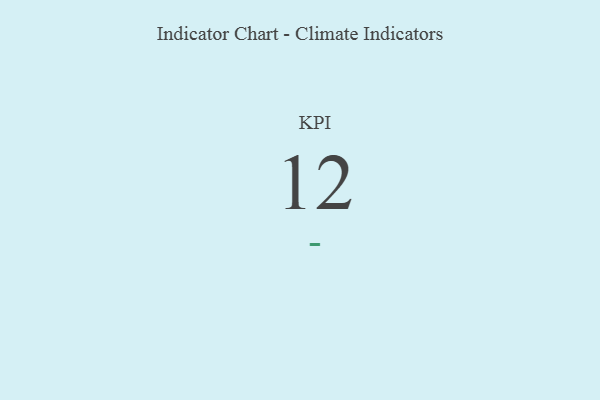
{"axis": {"x": "KPI", "y": "Value"}, "legend": [""], "data": [{"x": "KPI", "y": 12, "type": ""}]}